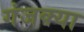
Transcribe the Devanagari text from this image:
गंजक्या